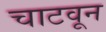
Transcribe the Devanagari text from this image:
चाटवून